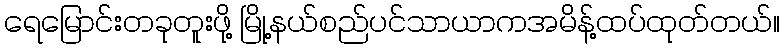
ရေမြောင်းတခုတူးဖို့ မြို့နယ်စည်ပင်သာယာကအမိန့်ထပ်ထုတ်တယ်။